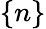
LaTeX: \{ n\}